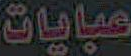
عبايات